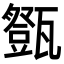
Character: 𤮘